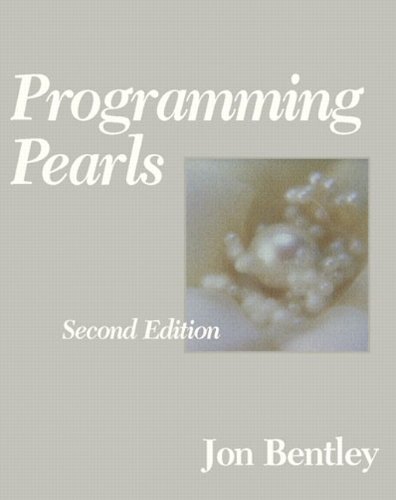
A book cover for Programming Pearls (2nd Edition); Jon Bentley; Computers & Technology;